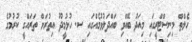
ހެލްތް މިނިސްޓްރީގައި މިއަދު ބޭއްވި ބައްދަލުވުމެއްގައި ސ. ހުޅުމީދޫ އިތުރަށް ތަރައްގީ ކުރުމުގެ